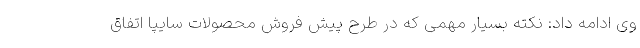
وی ادامه داد: نکته بسیار مهمی که در طرح پیش فروش محصولات سایپا اتفاق